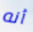
أنه